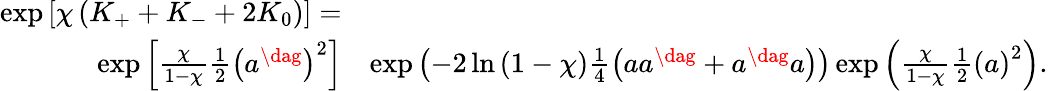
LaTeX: \begin{array}{rl}{\exp\left[\chi\left(K_{+}+K_{-}+2K_{0}\right)\right]=}&{}\\ {\exp\left[\frac{\chi}{1-\chi}\frac{1}{2}\left(a^{\dag}\right)^{2}\right]}&{\exp\left(-2\ln\left(1-\chi\right)\frac{1}{4}\left(aa^{\dag}+a^{\dag}a\right)\right)\exp\left(\frac{\chi}{1-\chi}\frac{1}{2}\left(a\right)^{2}\right).}\end{array}